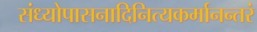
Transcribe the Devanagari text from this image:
संध्योपासनादिनित्यकर्मानन्तरं